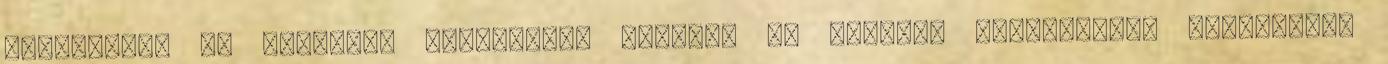
jelentett, Az anorexia kifejezést először az ókorban használták, eredetileg